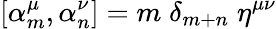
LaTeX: [\alpha_{m}^{\mu},\alpha_{n}^{\nu}]=m\; \delta_{m+n}\; \eta^{\mu\nu}